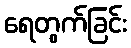
ရေတွက်ခြင်း